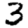
Digit: 3